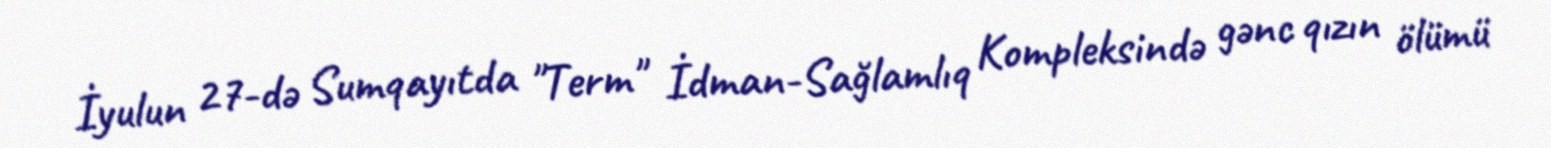
İyulun 27-də Sumqayıtda "Term" İdman-Sağlamlıq Kompleksində gənc qızın ölümü